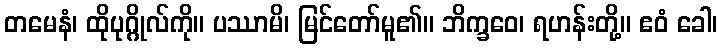
တမေနံ၊ ထိုပုဂ္ဂိုလ်ကို။ ပဿာမိ၊ မြင်တော်မူ၏။ ဘိက္ခဝေ၊ ရဟန်းတို့။ ဧဝံ ခေါ၊